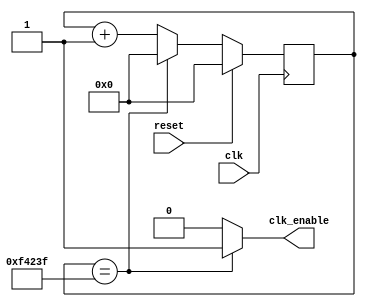
`default_nettype none

module clock_enable
	#( 
		parameter DIV = 1_000_000
	)
	(
		input wire clk, reset, 
		output wire clk_enable
	);

	localparam WIDTH = $clog2(DIV);
	reg [WIDTH - 1:0] cnt = 0;

	wire rollover = (cnt == DIV - 1);

	always @(posedge clk) begin
		if (reset)
			cnt <= 0;
		else
			cnt <= (rollover) ? 0 : cnt + 1;
	end
	
	assign clk_enable = rollover ? 1'b1 : 1'b0;

endmodule